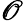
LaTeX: \mathscr{O}